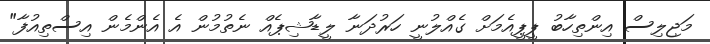
މަޖިލިސް އިންތިހާބު ޕީޕީއެމަށް ގެއްލުނީ ހަރުދަނާ ލީޑާޝިޕެއް ނެތުމުން އެ އެންމެން އިސްތިއުފާ"